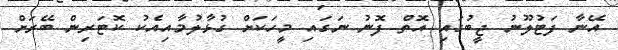
އޭނާ ފަޓުލޫނު ޖީބުގައި އޮތް ފޮނު ނަގައި މީހަކަށް ގުޅާލުމާއިއެކު ކޮޓަރިން ބޭރަށް